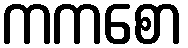
ကကစော